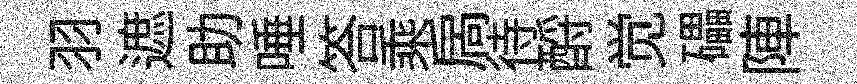
羽遮助唾答乘扄待酹觉礧陣